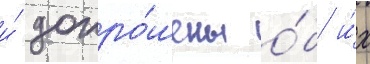
и́ допро́шены о́б и́х